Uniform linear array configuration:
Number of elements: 16
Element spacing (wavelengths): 1
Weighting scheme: hamming
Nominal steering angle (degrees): -45
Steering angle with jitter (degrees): -44.861
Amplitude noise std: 0.05
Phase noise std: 0.05

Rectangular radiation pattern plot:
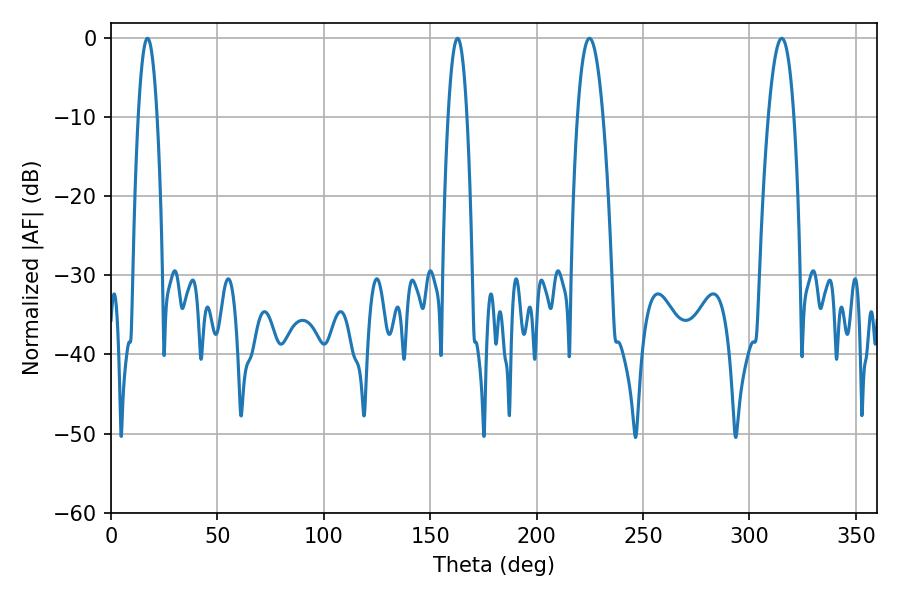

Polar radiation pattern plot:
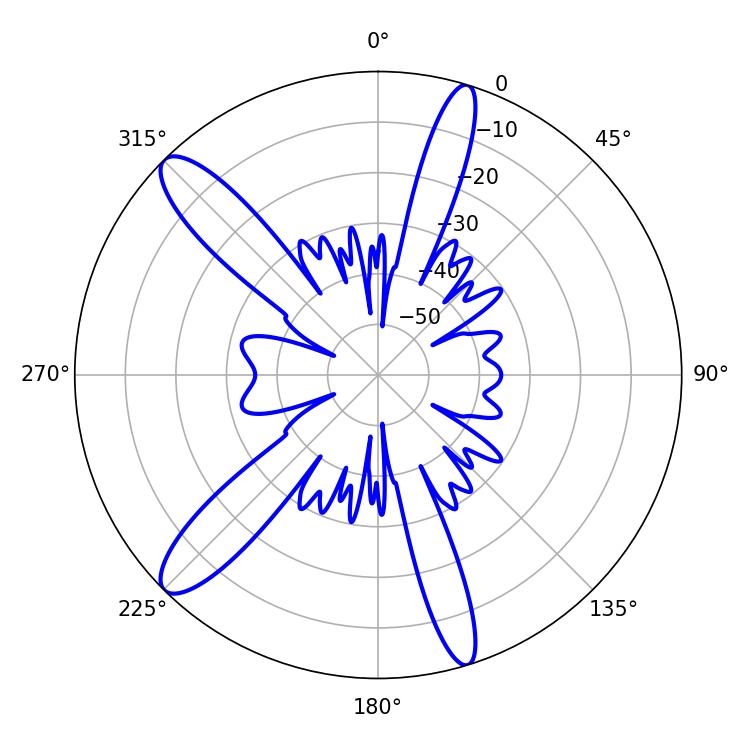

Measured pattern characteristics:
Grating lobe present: TRUE
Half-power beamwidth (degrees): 6.66
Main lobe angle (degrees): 224.82